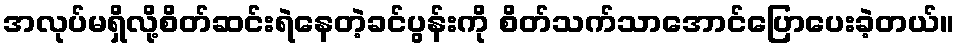
အလုပ်မရှိလို့စိတ်ဆင်းရဲနေတဲ့ခင်ပွန်းကို စိတ်သက်သာအောင်ပြောပေးခဲ့တယ်။